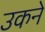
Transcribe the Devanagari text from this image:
उकने